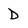
Character: D